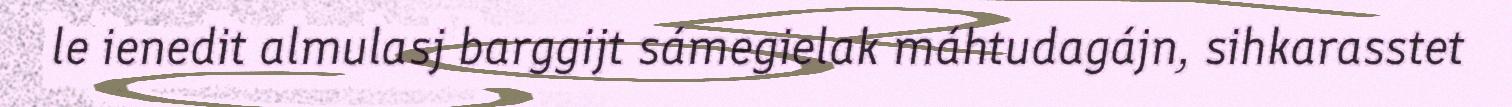
le ienedit almulasj barggijt sámegielak máhtudagájn, sihkarasstet